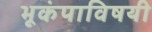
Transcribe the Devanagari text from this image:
भूकंपाविषयी